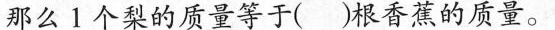
那么1个梨的质量等于()根香蕉的质量。